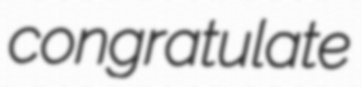
congratulate